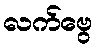
လက်ဗွေ